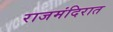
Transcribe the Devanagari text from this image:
राजमंदिरात